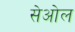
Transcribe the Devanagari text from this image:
सेओल